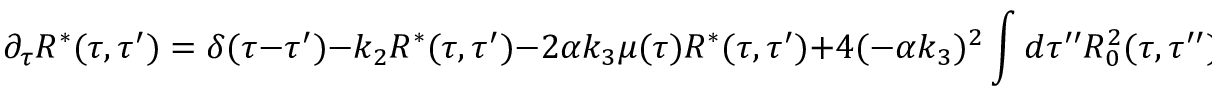
\partial _ { \tau } R ^ { * } ( \tau , \tau ^ { \prime } ) = \delta ( \tau - \tau ^ { \prime } ) - k _ { 2 } R ^ { * } ( \tau , \tau ^ { \prime } ) - 2 \alpha k _ { 3 } \mu ( \tau ) R ^ { * } ( \tau , \tau ^ { \prime } ) + 4 ( - \alpha k _ { 3 } ) ^ { 2 } \int d \tau ^ { \prime \prime } R _ { 0 } ^ { 2 } ( \tau , \tau ^ { \prime \prime } ) \mu ( \tau ^ { \prime \prime } ) R ^ { * } ( \tau ^ { \prime \prime } , \tau ^ { \prime } )